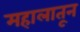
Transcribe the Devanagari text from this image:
महालातून